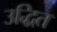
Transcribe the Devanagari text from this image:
उद्धित